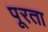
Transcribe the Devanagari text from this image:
पूरता